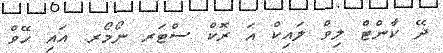
ދޭ ކާންޓް ލިވް ލައިކް އަ ރޮކް ސްޓަރ ނޯމޯރ. އައި ހޭވް